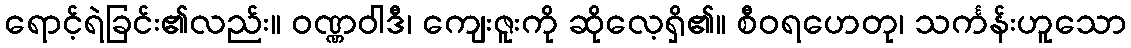
ရောင့်ရဲခြင်း၏လည်း။ ဝဏ္ဏဝါဒီ၊ ကျေးဇူးကို ဆိုလေ့ရှိ၏။ စီဝရဟေတု၊ သင်္ကန်းဟူသော